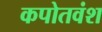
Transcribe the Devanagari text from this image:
कपोतवंश